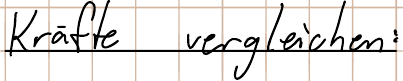
Kräfte vergleichen: